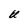
Character: U